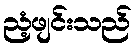
ညံ့ဖျင်းသည်